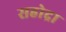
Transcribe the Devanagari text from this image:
सहोद्रा